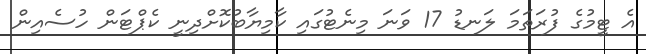
އެ ޓީމުގެ ފުރަތަމަ ލަނޑު 17 ވަނަ މިނެޓުގައި ކާމިޔާބުކޮށްދިނީ ކެޕްޓަން ހުސެއިން